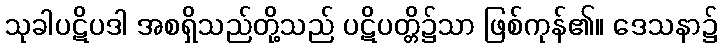
သုခါပဋိပဒါ အစရှိသည်တို့သည် ပဋိပတ္တိ၌သာ ဖြစ်ကုန်၏။ ဒေသနာ၌